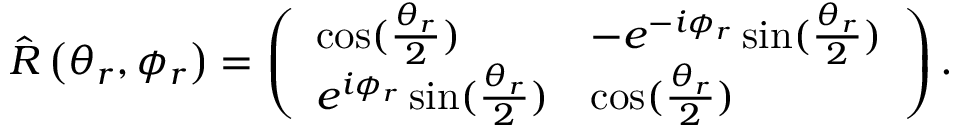
\hat { R } \left( \theta _ { r } , \phi _ { r } \right) = \left( \begin{array} { l l } { \cos ( \frac { \theta _ { r } } { 2 } ) } & { - e ^ { - i \phi _ { r } } \sin ( \frac { \theta _ { r } } { 2 } ) } \\ { e ^ { i \phi _ { r } } \sin ( \frac { \theta _ { r } } { 2 } ) } & { \cos ( \frac { \theta _ { r } } { 2 } ) } \end{array} \right) .